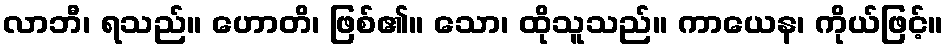
လာဘီ၊ ရသည်။ ဟောတိ၊ ဖြစ်၏။ သော၊ ထိုသူသည်။ ကာယေန၊ ကိုယ်ဖြင့်။